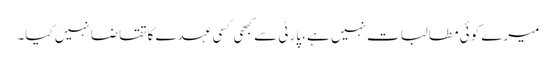
میرے کوئی مطالبات نہیں ہے، پارٹی سے کبھی کسی عہدے کا تقاضا نہیں کیا۔